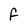
Character: f